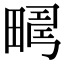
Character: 𤲮